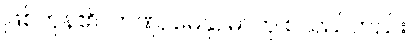
ဖြစ်ကုန်၏။ ဟဏု, ဓေနု, ဓာတု စသည်တည်း။